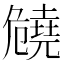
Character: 𠨪